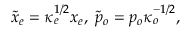
\tilde { x } _ { e } = \kappa _ { e } ^ { 1 / 2 } x _ { e } , \; \tilde { p } _ { o } = p _ { o } \kappa _ { o } ^ { - 1 / 2 } ,